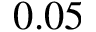
0 . 0 5